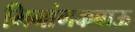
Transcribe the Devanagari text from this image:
मिनांगकबाऊ